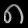
Digit: ၈